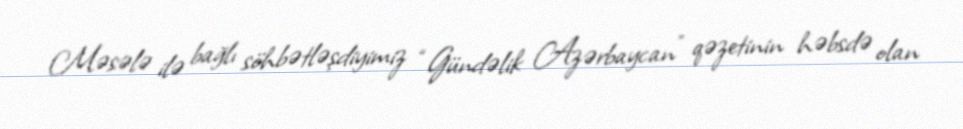
Məsələ ilə bağlı söhbətləşdiyimiz “Gündəlik Azərbaycan” qəzetinin həbsdə olan